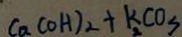
C a ( O H ) _ { 2 } + k C O _ { 3 }